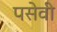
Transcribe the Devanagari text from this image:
पसेवी